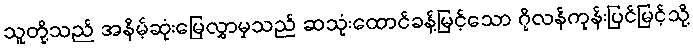
သူတို့သည် အနိမ့်ဆုံးမြေလွှာမှသည် ဆသုံးထောင်ခန့်မြင့်သော ဂိုလန်ကုန်းပြင်မြင့်သို့